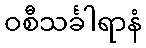
ဝစီသင်္ခါရာနံ